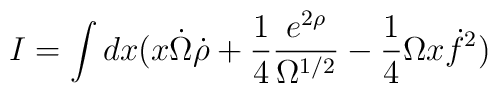
I = \int dx ( x \dot{\Omega} \dot{\rho}+ \frac{1}{4}\frac{e^{2 \rho}}{\Omega^{1/2}} - \frac{1}{4} \Omega x\dot{f}^2  )